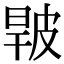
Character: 𤿧